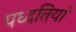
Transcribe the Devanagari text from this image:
पध्दतियां